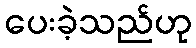
ပေးခဲ့သည်ဟု